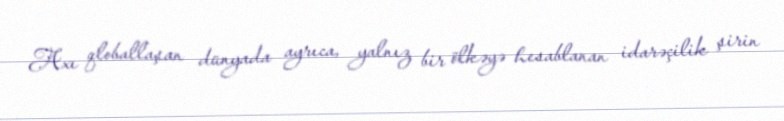
Axı qloballaşan dünyada ayrıca, yalnız bir ölkəyə hesablanan idarəçilik şirin